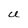
Character: U